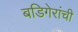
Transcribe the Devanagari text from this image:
बडिगेरांची